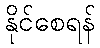
နိုင်စေရန်